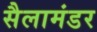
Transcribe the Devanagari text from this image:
सैलामंडर